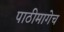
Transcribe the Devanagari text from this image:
पाठीमागेच